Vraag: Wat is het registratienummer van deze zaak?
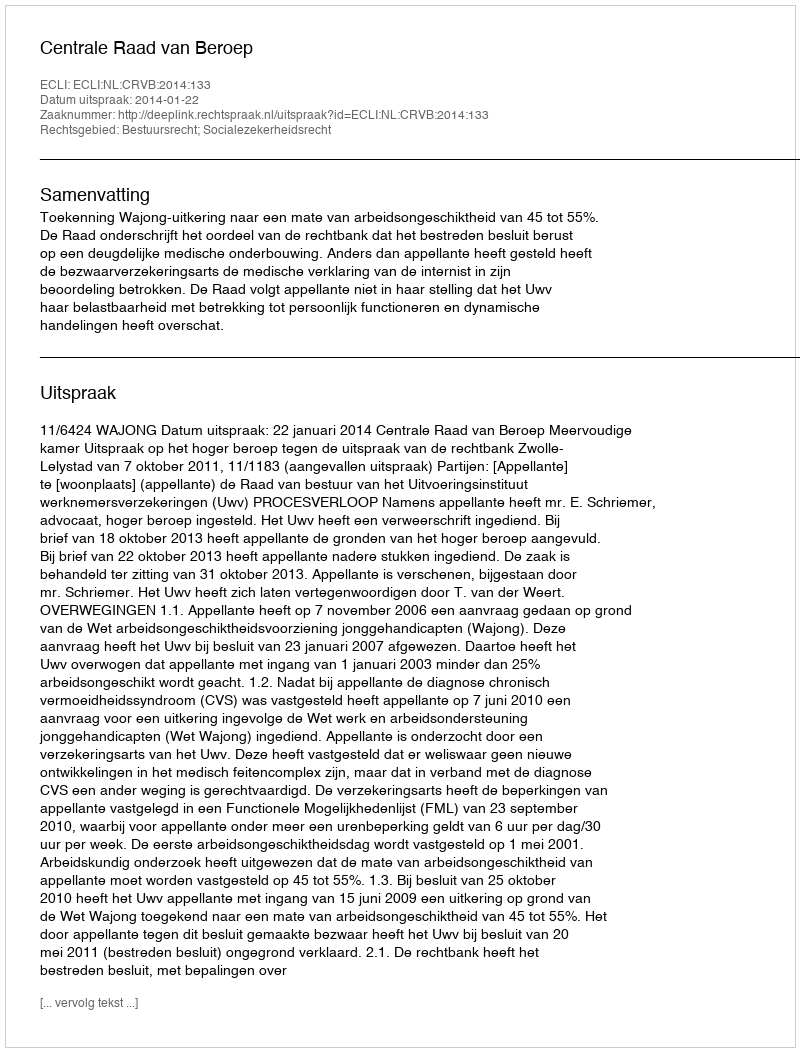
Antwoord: http://deeplink.rechtspraak.nl/uitspraak?id=ECLI:NL:CRVB:2014:133